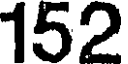
152